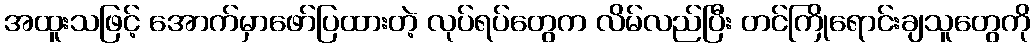
အထူးသဖြင့် အောက်မှာဖော်ပြထားတဲ့ လုပ်ရပ်တွေက လိမ်လည်ပြီး တင်ကြိုရောင်းချသူတွေကို